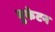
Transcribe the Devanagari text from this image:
युकेटन